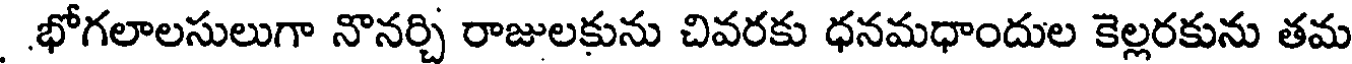
.భోగలాలసులుగా నొనర్చి రాజులకును చివరకు ధనమధాందుల కెల్లరకును తమ